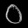
Digit: ၀